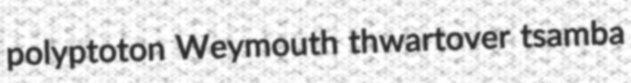
polyptoton Weymouth thwartover tsamba